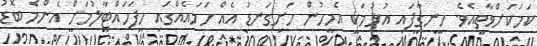
ކަމަކަށްވާތީއެވެ. ހިނގާފައި އުޅުމަކީ އެމީހުން ހަށިގަނޑު އެއް ހަމައެއްގައި ހިފަހައްޓާލުމަށް އެންމެ ބޮޑު